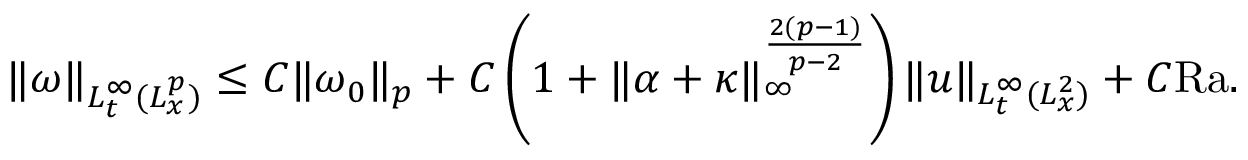
\begin{array} { r } { \| \omega \| _ { L _ { t } ^ { \infty } ( L _ { x } ^ { p } ) } \leq C \| \omega _ { 0 } \| _ { p } + C \left( 1 + \| \alpha + \kappa \| _ { \infty } ^ { \frac { 2 ( p - 1 ) } { p - 2 } } \right) \| u \| _ { L _ { t } ^ { \infty } ( L _ { x } ^ { 2 } ) } + C \mathrm { { R a } } . } \end{array}